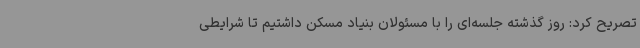
تصریح کرد: روز گذشته جلسه‌ای را با مسئولان بنیاد مسکن داشتیم تا شرایطی